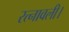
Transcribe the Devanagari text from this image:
रत्नावली।